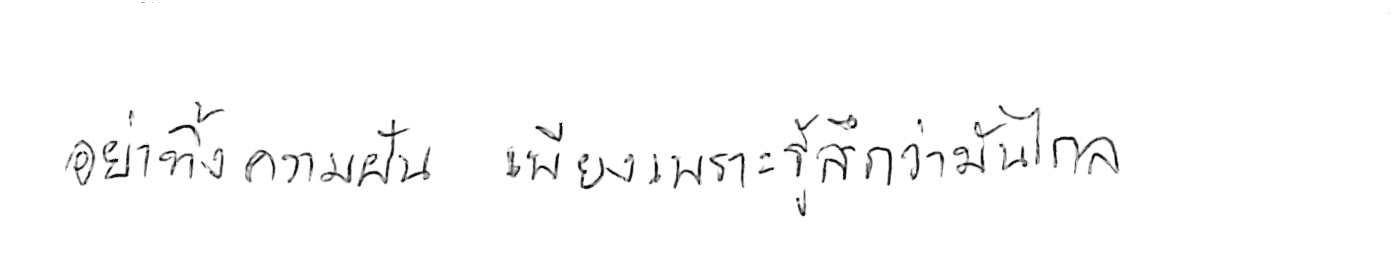
อย่าทิ้งความฝัน เพียงเพราะรู้สึกว่ามันไกล